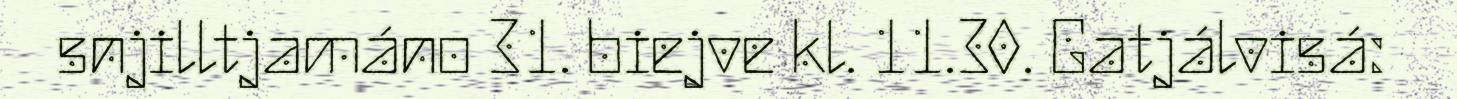
snjilltjamáno 31. biejve kl. 11.30. Gatjálvisá: